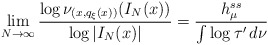
\begin{align*} \lim _{N \rightarrow \infty} \frac{\log \nu _{(x, q_\xi (x) )} ( I _N (x) ) }{\log | I _N (x) |} = \frac{h ^{ss} _\mu}{\int \log \tau ' \, d \nu}\end{align*}